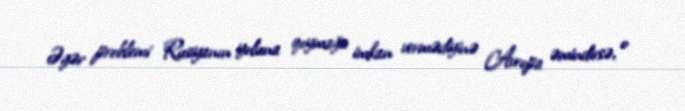
Əgər problemi Rusiyanın yoluna qoymağa imkan vermədiyinə Avropa əmindirsə, o